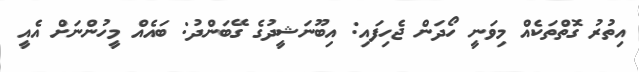
އިތުރު ގޮތްތަކެއް މިވަނީ ހޯދަން ޖެހިފައި: އިބޫނަޝީދުގެ ގޭބަންދު: ބައެއް މީހުންނަށް އެއީ